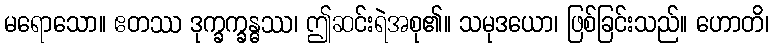
မရောသော။ ဧတဿ ဒုက္ခက္ခန္ဓဿ၊ ဤဆင်းရဲအစု၏။ သမုဒယော၊ ဖြစ်ခြင်းသည်။ ဟောတိ၊